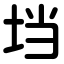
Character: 垱